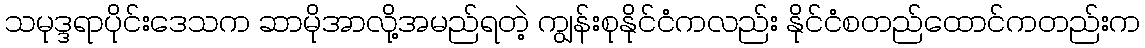
သမုဒ္ဒရာပိုင်းဒေသက ဆာမိုအာလို့အမည်ရတဲ့ ကျွန်းစုနိုင်ငံကလည်း နိုင်ငံစတည်ထောင်ကတည်းက